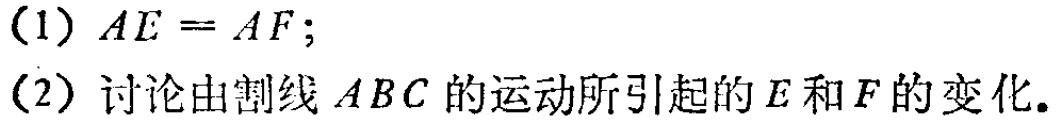
（1）$AE = AF$;
（2）讨论由割线$ABC$的运动所引起的$E$和$F$的变化.